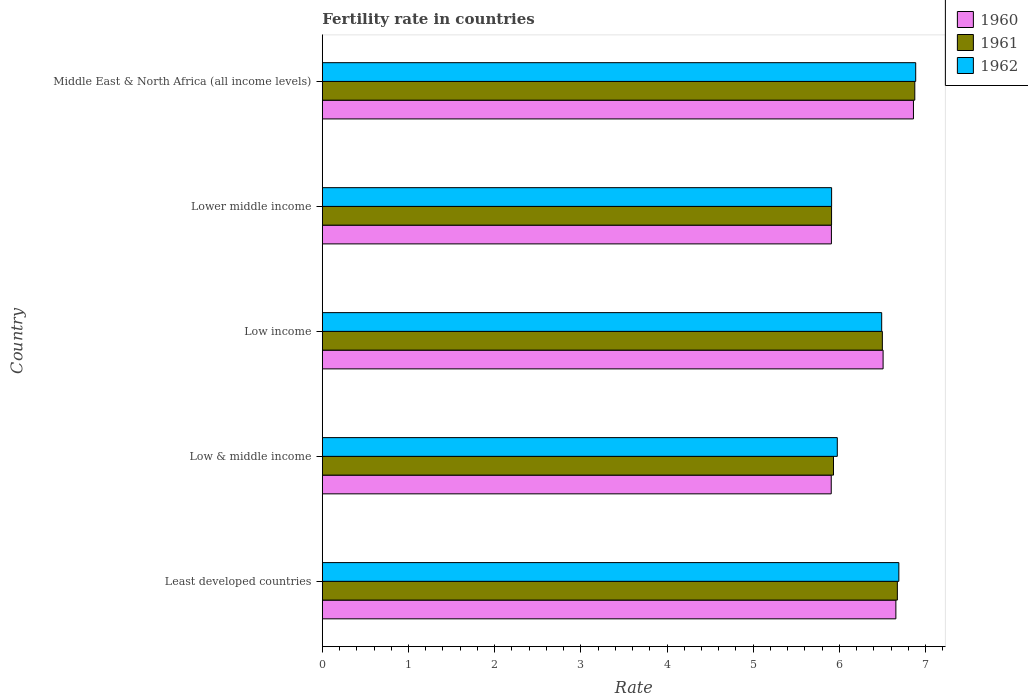
| Country | 1960 | 1961 | 1962 |
 | --- | --- | --- | --- |
 | Least developed countries | 6.66 | 6.67 | 6.69 |
 | Low & middle income | 5.91 | 5.93 | 5.98 |
 | Low income | 6.51 | 6.5 | 6.49 |
 | Lower middle income | 5.91 | 5.91 | 5.91 |
 | Middle East & North Africa (all income levels) | 6.86 | 6.88 | 6.89 |